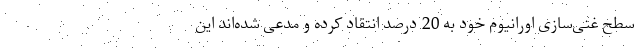
سطح غنی‌سازی اورانیوم خود به 20 درصد انتقاد کرده و مدعی شده‌اند این